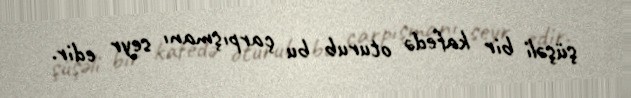
şüşəli bir kafedə oturub bu çarpışmanı seyr edir.